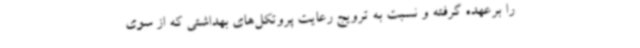
را برعهده گرفته و نسبت به ترویج رعایت پروتکل‌های بهداشتی که از سوی